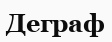
Деграф